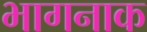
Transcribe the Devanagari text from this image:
भागनाक